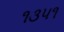
૧૩૫૧